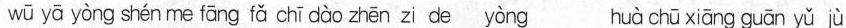
wū yā yòng shén me fāng fǎ chī dào zhēn zi de yòng huà chū xiāng guān yǔ jù